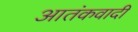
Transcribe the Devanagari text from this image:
आतंंकवादी